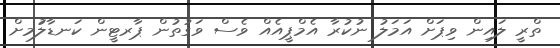
ތްރީ ލައިން ވިޕަށް އަމަލު ނުކުރާ އެމްޕީއެއް ވެސް ވަގުތުން ޕާރޓީން ކަނޑާލުަމށް